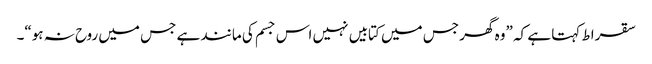
سقراط کہتا ہے کہ ”وہ گھر جس میں کتابیں نہیں اس جسم کی مانند ہے جس میں روح نہ ہو“۔